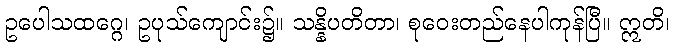
ဥပေါသထဂ္ဂေ၊ ဥပုသ်ကျောင်း၌။ သန္နိပတိတာ၊ စုဝေးတည်နေပါကုန်ပြီ။ ဣတိ၊